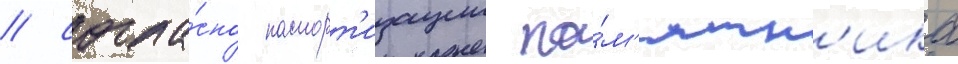
/ согла́сно паспорт'изации па́м'ятн'ика